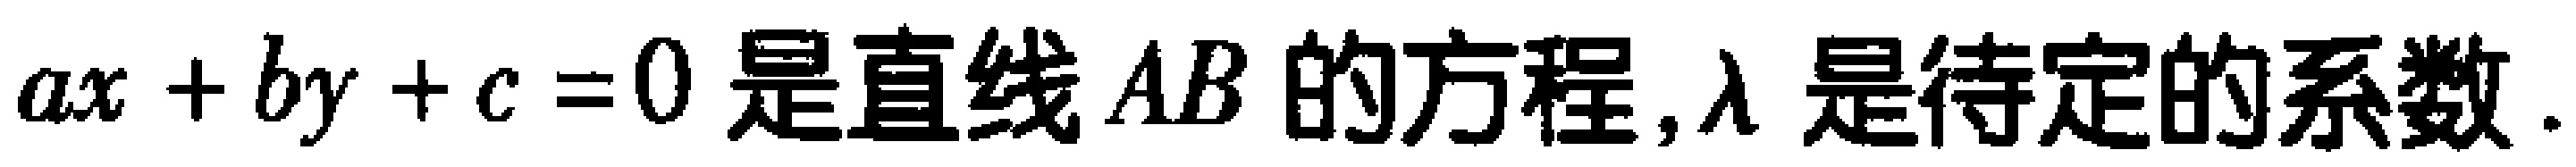
$ax + by + c = 0是直线AB的方程,\lambda 是待定的系数.$